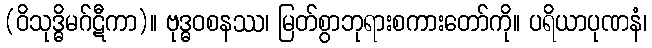
(ဝိသုဒ္ဓိမဂ်ဋီကာ)။ ဗုဒ္ဓဝစနဿ၊ မြတ်စွာဘုရားစကားတော်ကို။ ပရိယာပုဏနံ၊